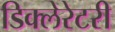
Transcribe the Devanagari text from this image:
डिक्लेरेटरी